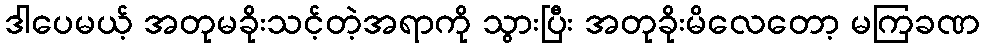
ဒါပေမယ့် အတုမခိုးသင့်တဲ့အရာကို သွားပြီး အတုခိုးမိလေတော့ မကြခဏ